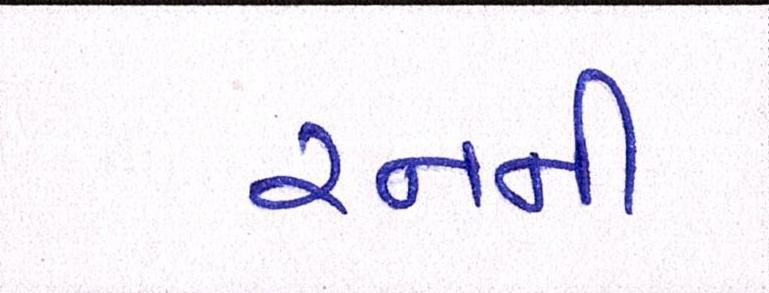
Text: રનની